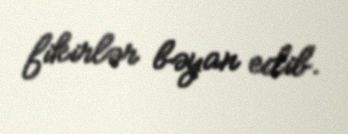
fikirlər bəyan edib.